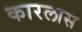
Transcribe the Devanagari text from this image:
कारलास